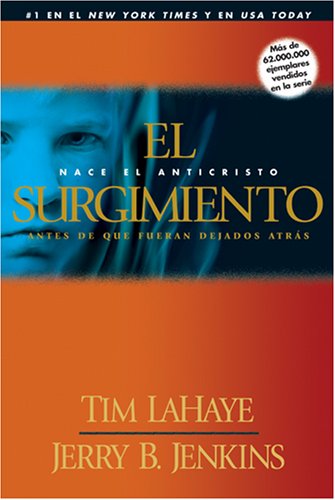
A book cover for El Surgimiento: Nace el anticristo / Antes de que fueran dejados atrÃ¡s (Spanish Edition); Tim LaHaye; Religion & Spirituality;